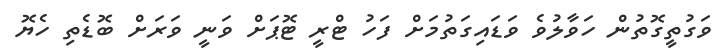
ވަގުތީގޮތުން ހަވާލުވެ ވަޑައިގަތުމަށް ފަހު ޓްރީ ޓޮޕަށް ވަނީ ވަރަށް ބޮޑެތި ހެޔޮ